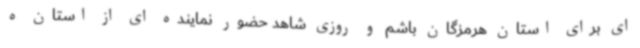
ای برای استان هرمزگان باشم و روزی شاهد حضور نماینده ای از استان ه